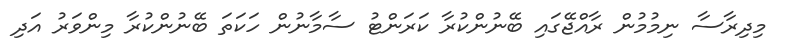
މިދިރާސާ ނިމުމުން ރާއްޖޭގައި ބޭނުންކުރާ ކަރަންޓު ސާމާނުން ހަކަތަ ބޭނުންކުރާ މިންވަރު އަދި